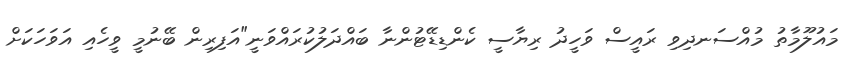
މައުލޫމާތު މުއްސަނދިވި ރައީސް ވަހީދު ރިޔާސީ ކެންޑިޑޭޓުންނާ ބައްދަލުކުރައްވަނީ"އަފިރިން ބޭނުމީ ވީހެއި އަވަހަކަށް